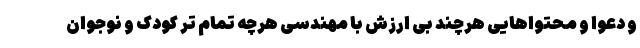
و دعوا و محتواهایی هرچند بی ارزش با مهندسی هرچه تمام تر‌ کودک و نوجوان